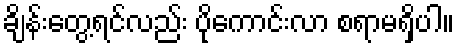
ချိန်းတွေ့ရင်လည်း ပိုကောင်းလာ စရာမရှိပါ။